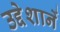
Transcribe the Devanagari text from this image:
उद्देशानें